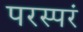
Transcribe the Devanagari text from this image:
परस्परं